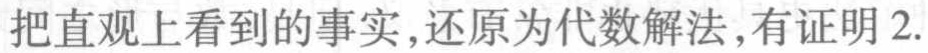
把直观上看到的事实,还原为代数解法,有证明 2.